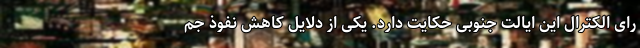
رای الکترال این ایالت جنوبی حکایت دارد. یکی از دلایل کاهش نفوذ جم